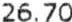
26.70